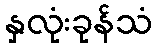
နှလုံးခုန်သံ